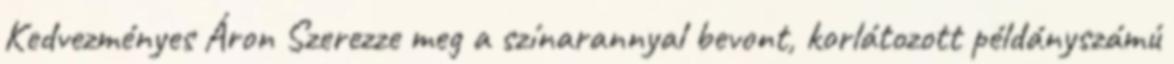
Kedvezményes Áron Szerezze meg a színarannyal bevont, korlátozott példányszámú